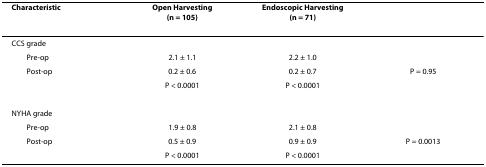
| Characteristic | Open Harvesting(n = 105) | Endoscopic Harvesting(n = 71) |  |
 | --- | --- | --- | --- |
 | CCS grade |  |  |  |
 | Pre-op | 2.1 ± 1.1 | 2.2 ± 1.0 |  |
 | Post-op | 0.2 ± 0.6 | 0.2 ± 0.7 | P = 0.95 |
 |  | P < 0.0001 | P < 0.0001 |  |
 | NYHA grade |  |  |  |
 | Pre-op | 1.9 ± 0.8 | 2.1 ± 0.8 |  |
 | Post-op | 0.5 ± 0.9 | 0.9 ± 0.9 | P = 0.0013 |
 |  | P < 0.0001 | P < 0.0001 |  |